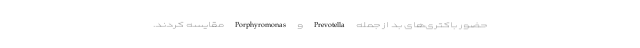
حضور باکتری‌های بد از جمله Prevotella و Porphyromonas مقایسه کردند.